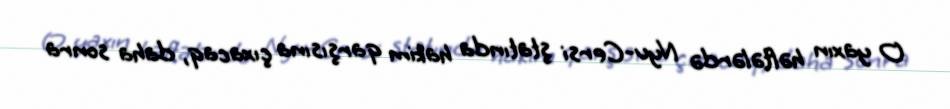
O yaxın həftələrdə Nyu-Cersi ştatında hakim qarşısına çıxacaq, daha sonra